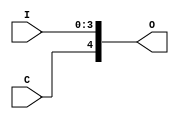
module buf145 (C,I,O); // buffer which concatenates 1,4 bits into 5 bits
  input C;
  input[3:0] I;
  output[4:0] O;
  assign O = {C,I[3:0]};
endmodule